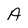
Character: A